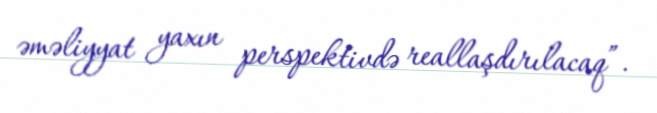
əməliyyat yaxın perspektivdə reallaşdırılacaq”.